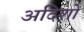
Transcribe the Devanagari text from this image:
अदिशों